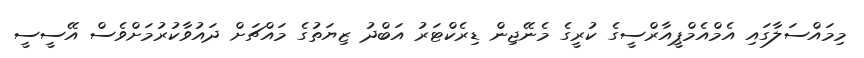
މިމައްސަލާގައި އެމްއެމްޕީއާރްސީގެ ކުރީގެ މެނޭޖިން ޑިރެކްޓަރު އަބްދު ޒިޔަތުގެ މައްޗަށް ދައުވާކުރުމަށްވެސް އޭސީސީ